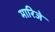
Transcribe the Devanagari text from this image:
मारिजे